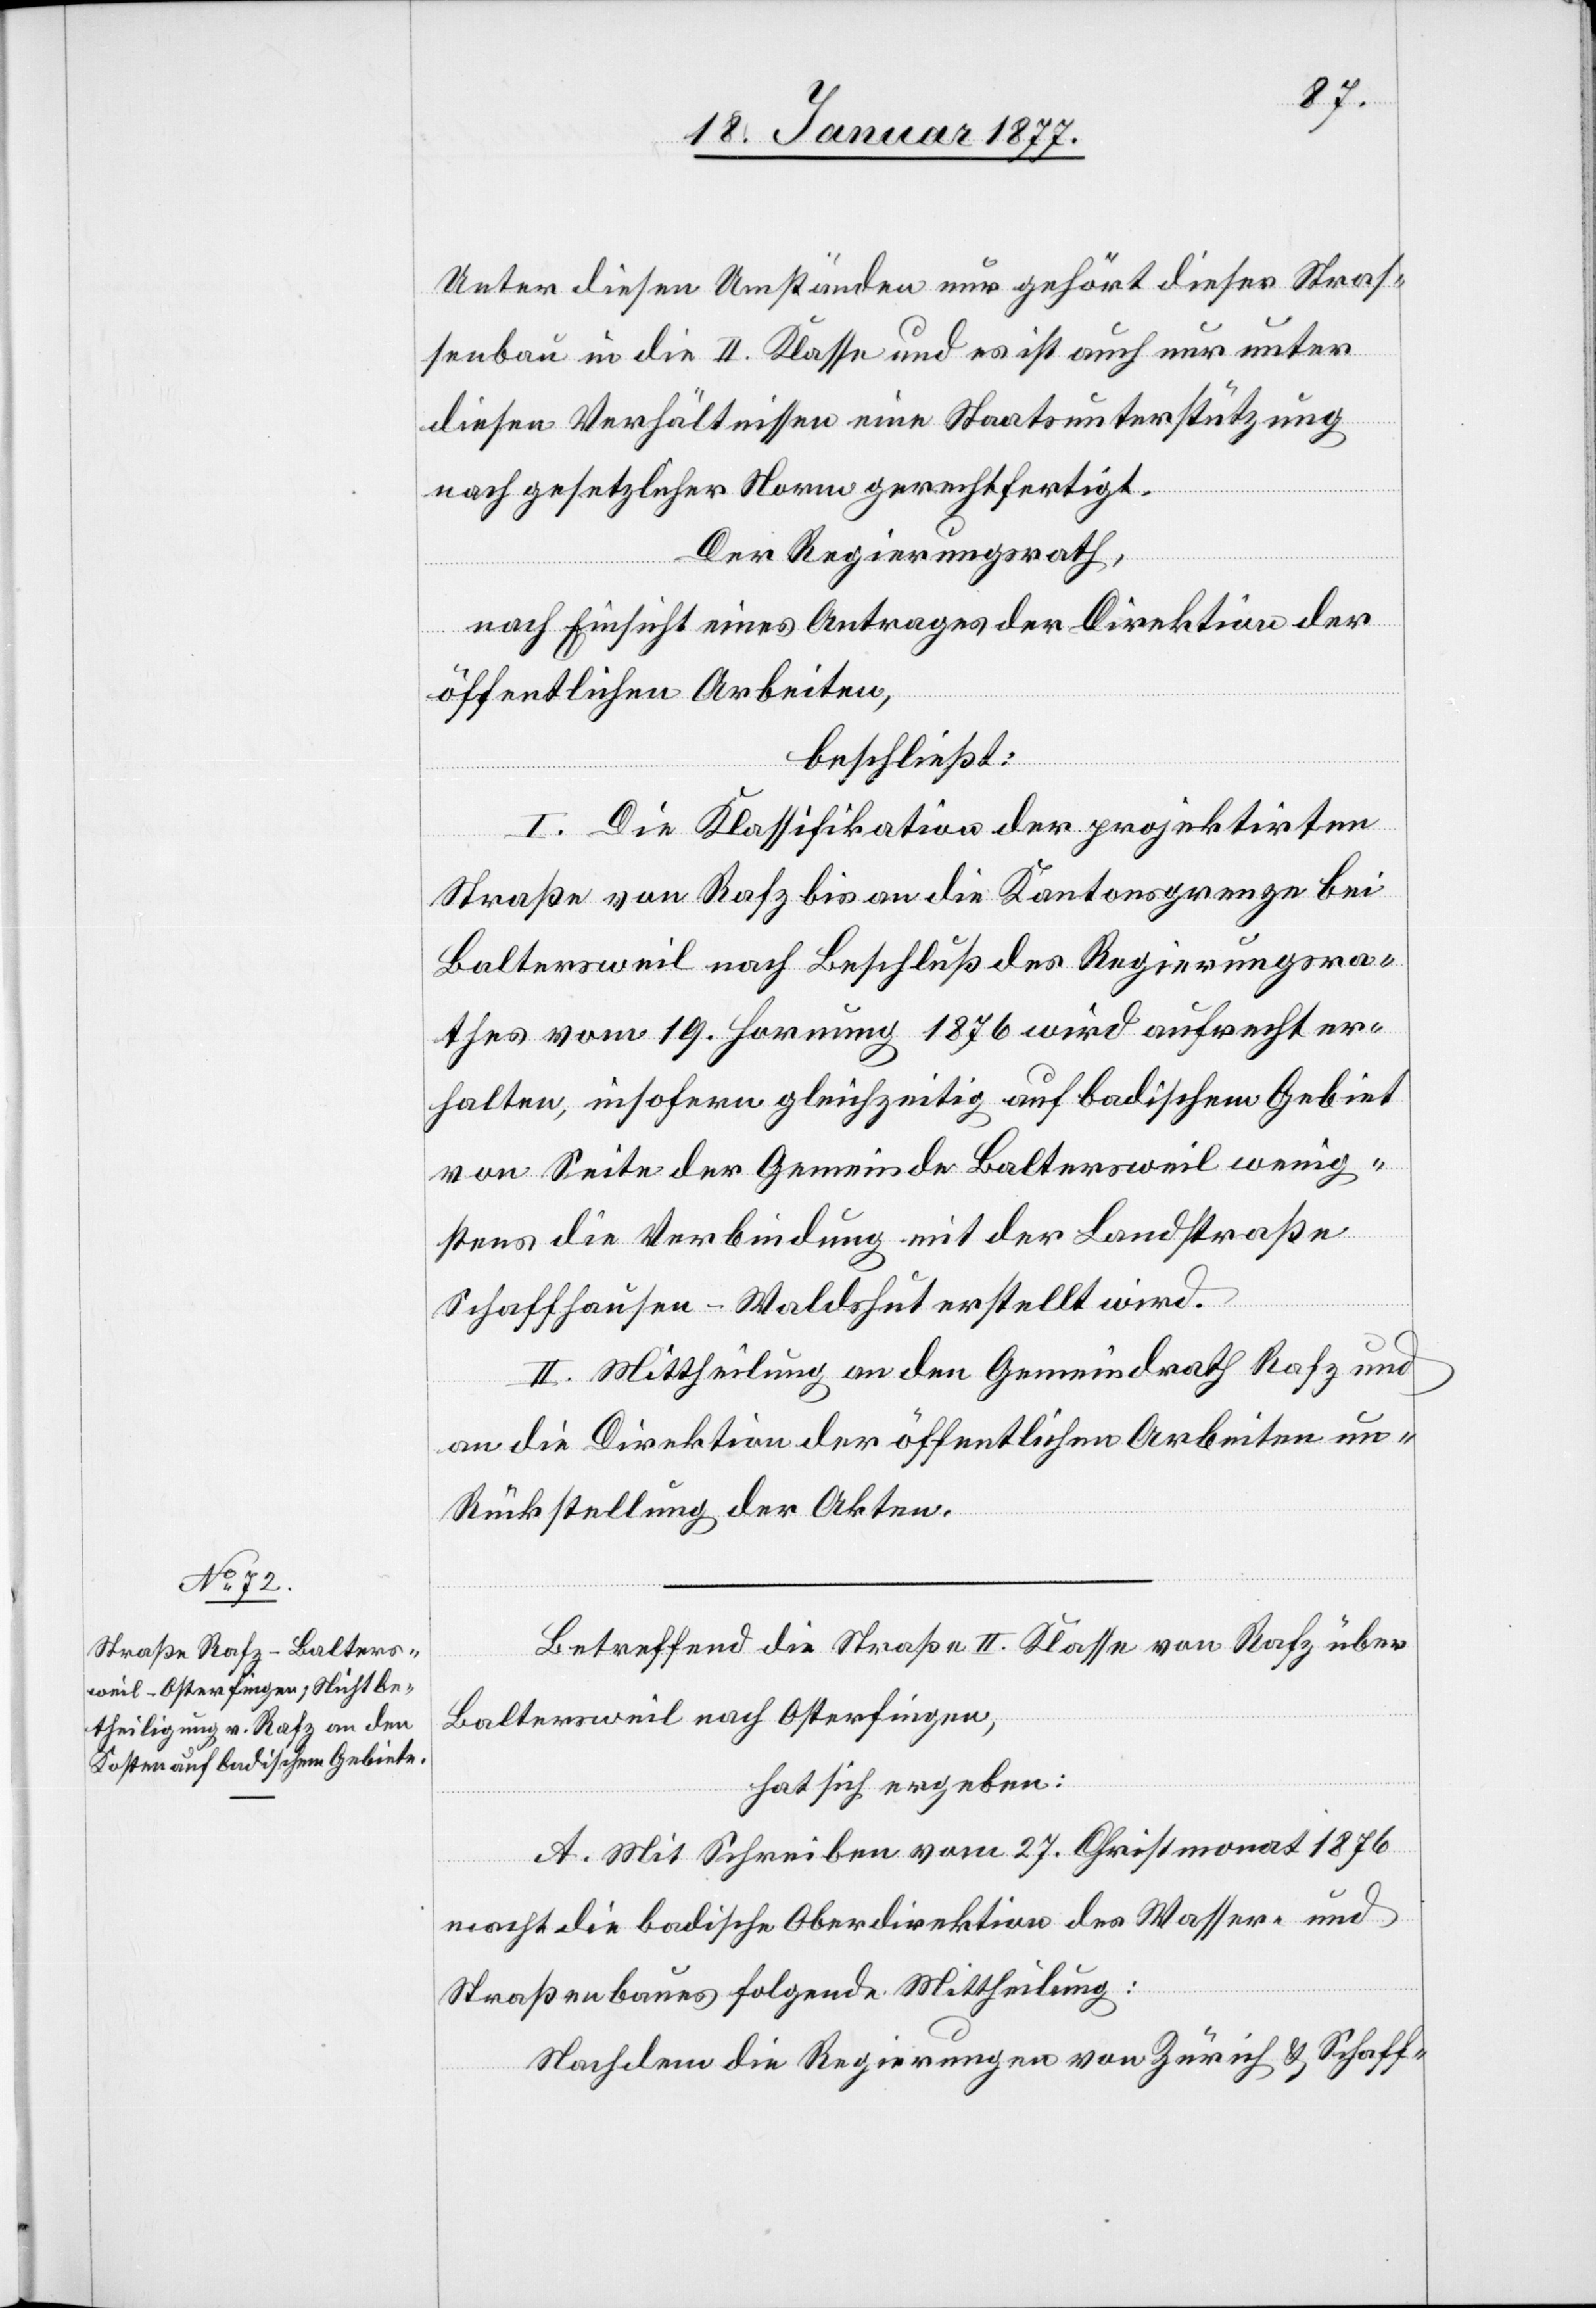
Unter diesen Umständen nur gehört dieser Straß¬
enbau in die II. Klasse und es ist auch nur unter
diesen Verhältnissen eine Staatsunterstützung
nach gesetzlicher Norm gerechtfertigt.
Der Regierungsrath,
nach Einsicht eines Antrages der Direktion der
öffentlichen Arbeiten,
beschließt:
I. Die Klassifikation der projektirten
Straße von Rafz bis an die Kantonsgrenze bei
Baltersweil nach Beschluß des Regierungsra¬
thes vom 19. Hornung 1876 wird aufrecht er¬
halten, insofern gleichzeitig auf badischem Gebiet
von Seite der Gemeinde Baltersweil wenig¬
stens die Verbindung mit der Landstraße
Schaffhausen–Waldshut erstellt wird.
II. Mittheilung an den Gemeindrath Rafz und
an die Direktion der öffentlichen Arbeiten unter
Rückstellung der Akten.
Betreffend die Straße II. Klasse von Rafz über
Baltersweil nach Osterfingen,
hat sich ergeben:
A. Mit Schreiben vom 27. Christmonat 1876
macht die badische Oberdirektion des Wasser- und
Straßenbaues folgende Mittheilung:
Nachdem die Regierungen von Zürich & Schaff-